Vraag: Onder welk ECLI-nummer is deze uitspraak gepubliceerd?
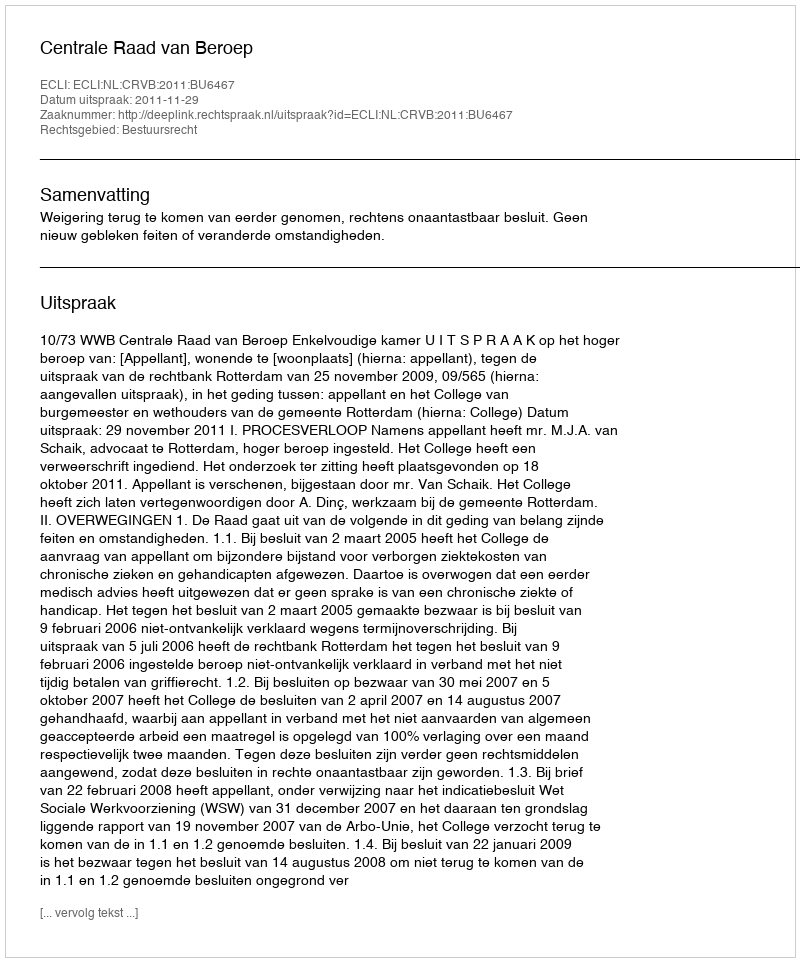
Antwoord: ECLI:NL:CRVB:2011:BU6467